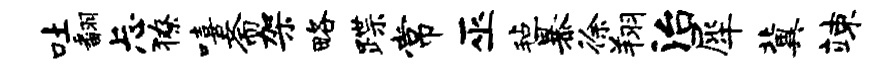
吐翻忐獠嘻斋架略蹀常巫毡暴徐翔治犀冀竦